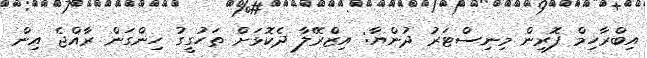
އިބްރާހިމް ފޮރިން މިނިސްޓަރު ދުންޔާ: އިޒްރޭލާ ދެކޮޅަށް ތަހުގީގު ހިންގަން ރާއްޖެ އިން